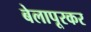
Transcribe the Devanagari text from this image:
बेलापूरकर